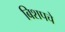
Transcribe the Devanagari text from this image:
बिशपचे